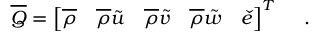
\overline { { Q } } = \left[ \overline { { \rho } } \quad \overline { { \rho } } \tilde { u } \quad \overline { { \rho } } \tilde { v } \quad \overline { { \rho } } \tilde { w } \quad \check { e } \right] ^ { T } \quad \mathrm { ~ . ~ }